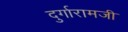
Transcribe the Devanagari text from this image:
दुर्गारामजी